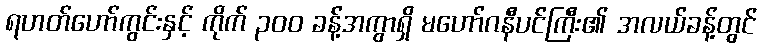
ရဟတ်ဟော်ကွင်းနှင့် ကိုက် ၃၀၀ ခန့်အကွာရှိ မဟော်ဂနီပင်ကြီး၏ အလယ်ခန့်တွင်